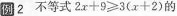
例2 不等式 $$2 x + 9 ≥ 3 ( x + 2 )$$的